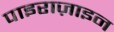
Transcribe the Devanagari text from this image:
पाइराज़ाइन